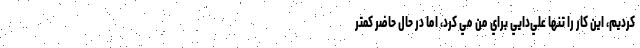
‌كرديم، اين كار را تنها علي‌دايي براي من مي كرد، اما در حال حاضر كمتر